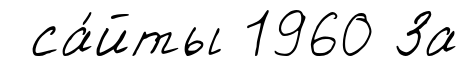
са́йты 1960 За